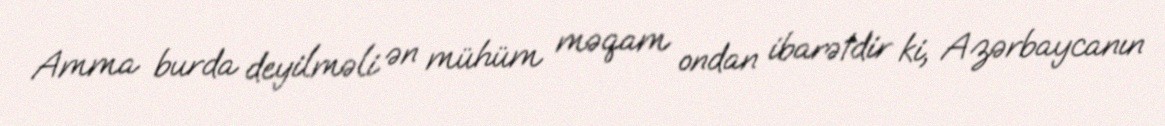
Amma burda deyilməli ən mühüm məqam ondan ibarətdir ki, Azərbaycanın